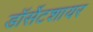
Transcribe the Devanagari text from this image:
डॉर्सेटशायर